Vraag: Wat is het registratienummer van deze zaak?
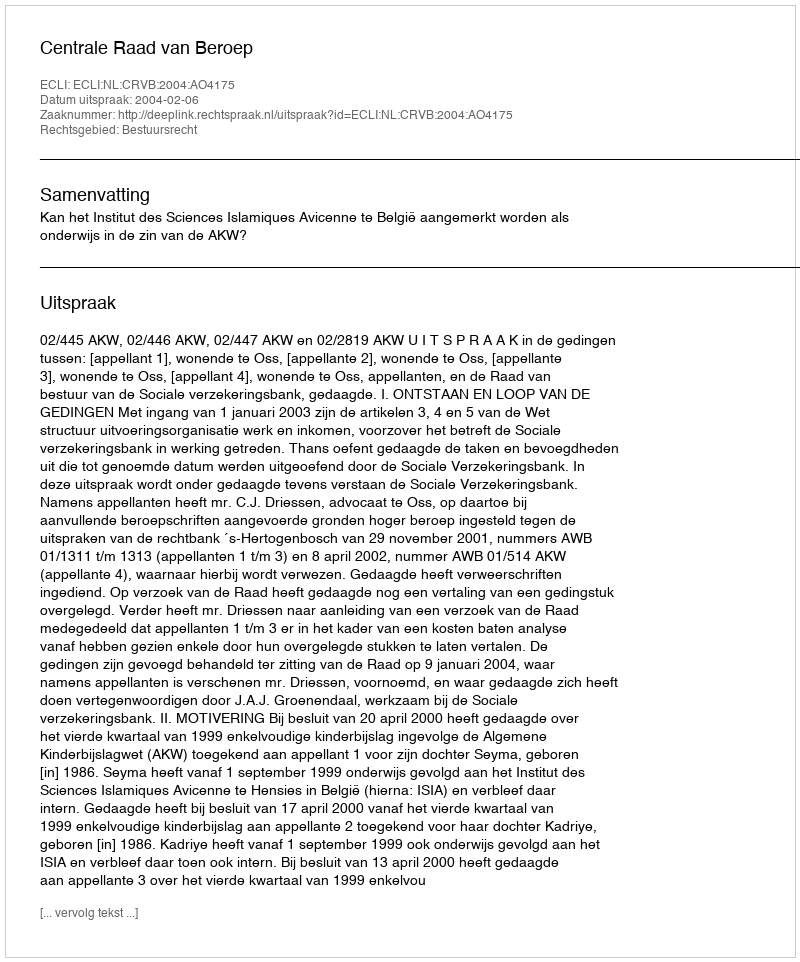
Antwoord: http://deeplink.rechtspraak.nl/uitspraak?id=ECLI:NL:CRVB:2004:AO4175